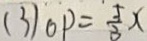
( 3 ) 0 p = \frac { 5 } { 3 } x